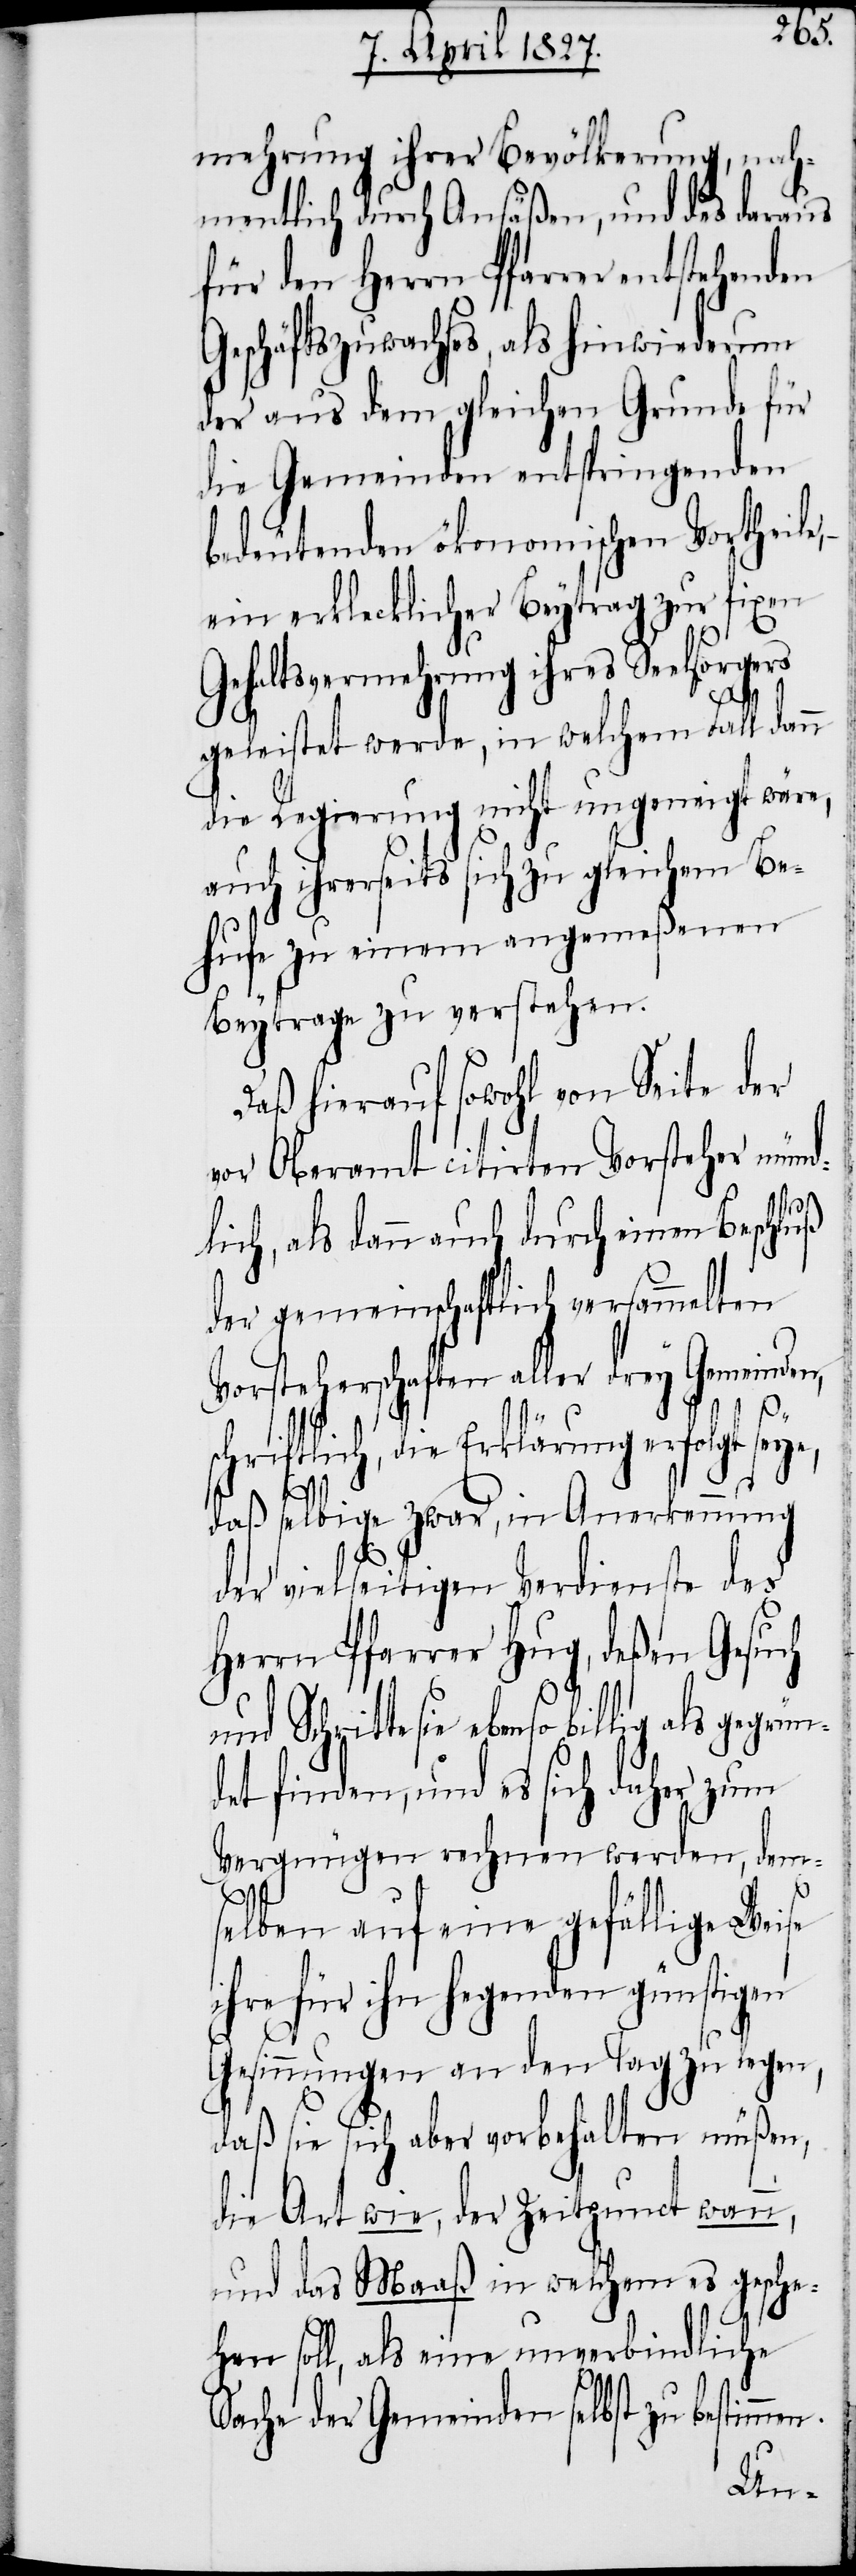
mehrung ihrer Bevölkerung, nah¬
mentlich durch Ansäßen, und das daraus
für den Herrn Pfarrer entstehenden
Geschäftszuwachses, als hinwiederum
der aus dem gleichen Grunde für
die Gemeinden entspringenden
bedeutenden ökonomischen Vortheile,
ein erklecklicher Beytrag zur fixen
Gehaltsvermehrung ihres Seelsorgers
en.
geleistet werde, in welchem Fall dann
die Regierung nicht ungeneigt wäre,
auch ihrerseits sich zu gleichem Be¬
hufe zu einem angemeßenen
Beytrage zu verstehen.
Daß hierauf sowohl von Seite der
vor Oberamt citirten Vorsteher münd¬
lich, als dann auch durch einen Beschluß
der gemeinschaftlich versammelten
Vorsteherschaften aller drey Gemeinden,
schriftlich, die Erklärung erfolgt sey¬
e,
daß selbige zwar, in Anerkennung
der vielseitigen Verdienste des
Herrn Pfarrer Hug, deßen Gesuch
sie ebenso billig als gegrün¬
det finden, und es sich daher zum
Vergnügen rechnen werden, dem¬
selben auf eine gefällige Weise
ihre für ihn hegenden günstigen
Gesinnungen an den Tag zu legen,
daß sie sich aber vorbehalten müßen,
die Art wie, der Zeitpunct wann,
und das Maaß in welchem es gesche¬
hen soll, als eine unverbindliche
Sache der Gemeinden selbst zu bestimmt¬